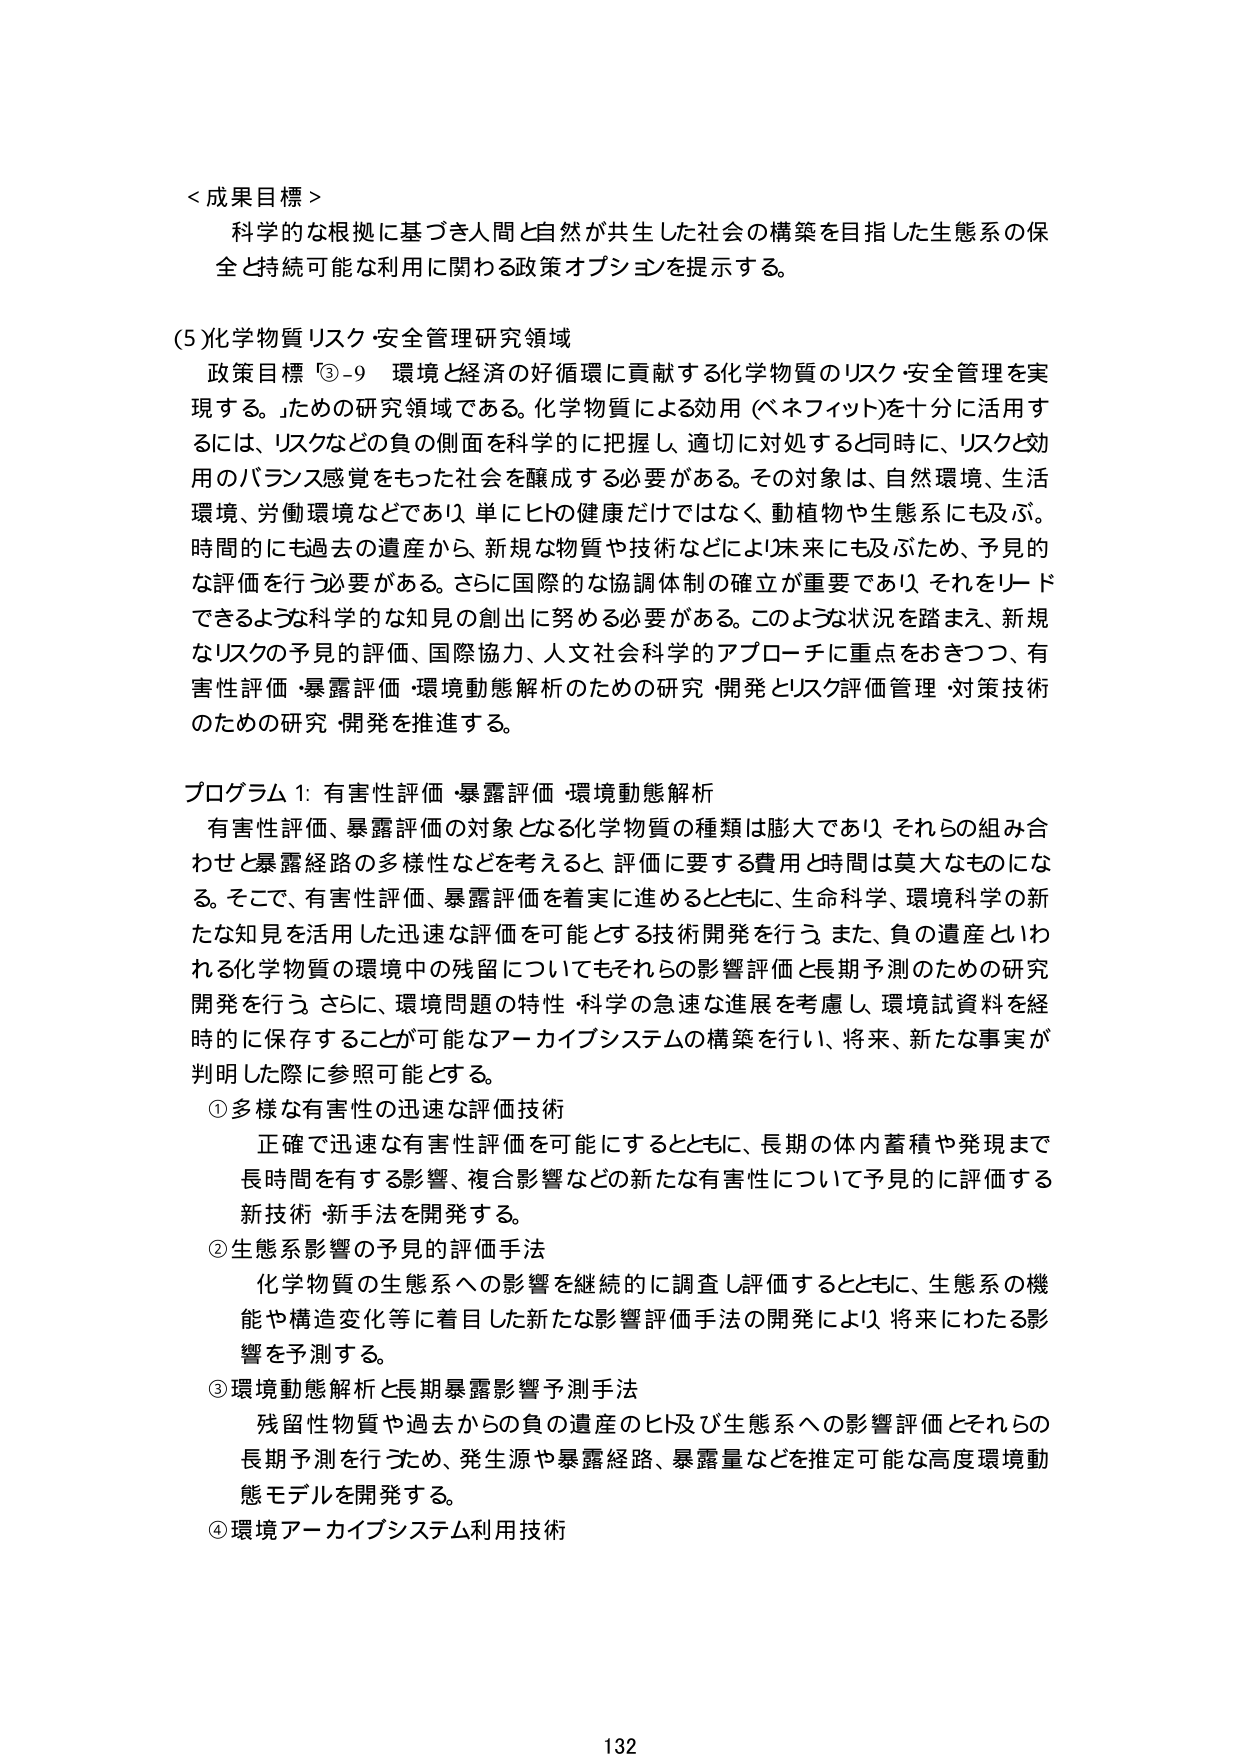
＜成果目標＞
科学的な根拠に基づき人間と自然が共生した社会の構築を目指した生態系の保全と持続可能な利用に関わる政策オプションを提示する。

(5)化学物質リスク・安全管理研究領域
政策目標「③-9 環境と経済の好循環に貢献する化学物質のリスク・安全管理を実現する。」ための研究領域である。化学物質による効用（ベネフィット）を十分に活用するには、リスクなどの負の側面を科学的に把握し、適切に対処すると同時に、リスクと効用のバランス感覚をもった社会を醸成する必要がある。その対象は、自然環境、生活環境、労働環境などであり、単にヒトの健康だけではなく、動植物や生態系にも及ぶ。時間的にも過去の遺産から、新規な物質や技術などにより未来にも及ぶため、予見的な評価を行う必要がある。さらに国際的な協調体制の確立が重要であり、それをリードできるような科学的な知見の創出に努める必要がある。このような状況を踏まえ、新規なリスクの予見的評価、国際協力、人文社会科学的アプローチに重点をおきつつ、有害性評価・暴露評価・環境動態解析のための研究・開発とリスク評価管理・対策技術のための研究・開発を推進する。

プログラム1: 有害性評価・暴露評価・環境動態解析
有害性評価、暴露評価の対象となる化学物質の種類は膨大であり、それらの組み合わせと暴露経路の多様性などを考えると、評価に要する費用と時間は莫大なものになる。そこで、有害性評価、暴露評価を着実に進めるとともに、生命科学、環境科学の新たな知見を活用した迅速な評価を可能とする技術開発を行う。また、負の遺産といわれる化学物質の環境中の残留についてもそれらの影響評価と長期予測のための研究開発を行う。さらに、環境問題の特性・科学の急速な進展を考慮し、環境試資料を経時的に保存することが可能なアーカイブシステムの構築を行い、将来、新たな事実が判明した際に参照可能とする。

①多様な有害性の迅速な評価技術
正確で迅速な有害性評価を可能にするとともに、長期の体内蓄積や発現まで長時間を有する影響、複合影響などの新たな有害性について予見的に評価する新技術・新手法を開発する。

②生態系影響の予見的評価手法
化学物質の生態系への影響を継続的に調査し評価するとともに、生態系の機能や構造変化等に着目した新たな影響評価手法の開発により、将来にわたる影響を予測する。

③環境動態解析と長期暴露影響予測手法
残留性物質や過去からの負の遺産のヒト及び生態系への影響評価とそれらの長期予測を行うため、発生源や暴露経路、暴露量などを推定可能な高度環境動態モデルを開発する。

④環境アーカイブシステム利用技術

132